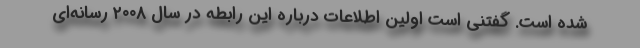
شده است. گفتنی است اولین اطلاعات درباره این رابطه در سال ۲۰۰۸ رسانه‌ای